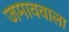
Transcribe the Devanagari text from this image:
जमाववाला